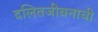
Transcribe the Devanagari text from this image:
दलितजीवनाची